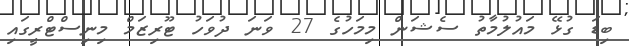
ބިޑަ ގުޅޭ މައުލުމާތު ސެޝަން މިމަހުގެ 27 ވަނަ ދުވަހު ޓޫރިޒަމް މިނިސްޓްރީގައި